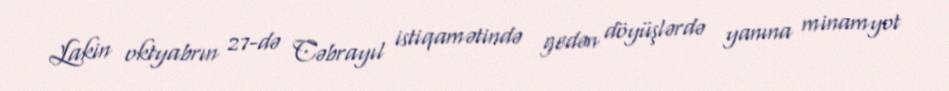
Lakin oktyabrın 27-də Cəbrayıl istiqamətində gedən döyüşlərdə yanına minamyot